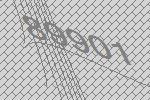
89901